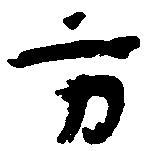
方